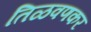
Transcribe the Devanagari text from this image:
तिळवणकर